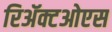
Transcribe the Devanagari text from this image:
रिॲक्टओएस